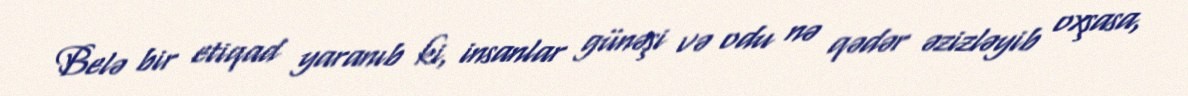
Belə bir etiqad yaranıb ki, insanlar günəşi və odu nə qədər əzizləyib oxşasa,